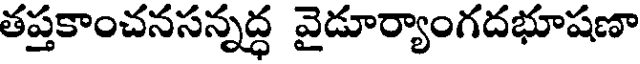
తప్తకాంచనసన్నద్ధ వైడూర్యాంగదభూషణా